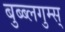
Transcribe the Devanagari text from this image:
बुब्ब्लगुम्स्